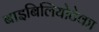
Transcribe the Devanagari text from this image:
बाइबिलियोटेका